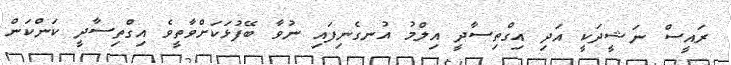
ރައީސް ނަޝީދަކީ އަދި އިގްތިސާދީ އިލްމު އުނގެނިފައި ނުވާ ބޭފުޅަކަށްވާތީވެ އިގްތިސާދީ ކަންކަން